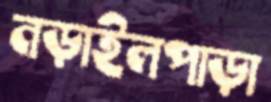
নড়াইলপাড়া